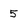
Character: 5